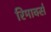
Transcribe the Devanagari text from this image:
रिमार्क्स